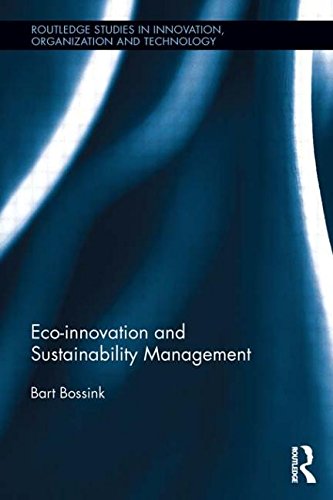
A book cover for Eco-Innovation and Sustainability Management (Routledge Studies in Innovation, Organization and Technology); Bart Bossink; Business & Money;